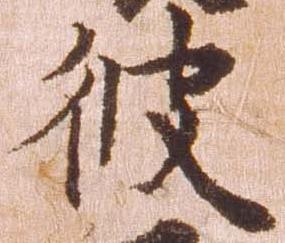
彼